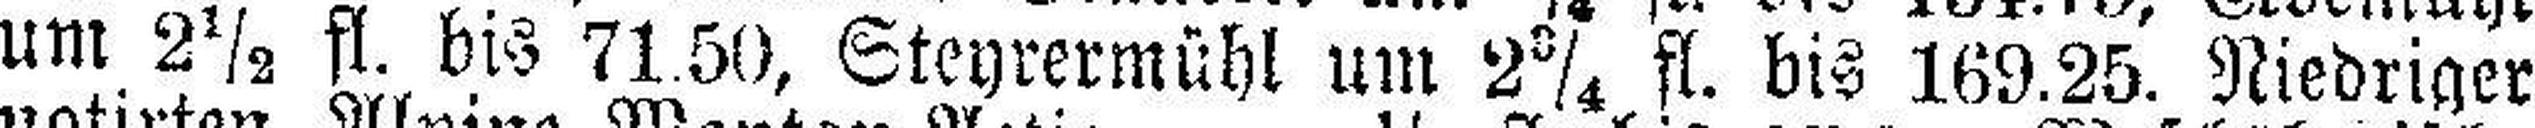
um 2½ fl. bis 71.50, Steyrermühl um 2¾ fl. bis 169.25. Niedriger